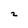
Character: 2